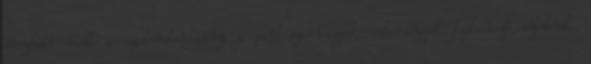
érezhető volt a szakemberhiány a partiszervizzel, cateringgel foglalkozó cégeknél.